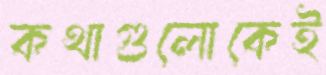
কথাগুলোকেই